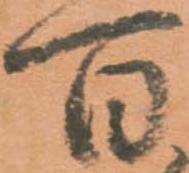
百